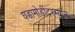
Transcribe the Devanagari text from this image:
घडामोडींदरम्यान